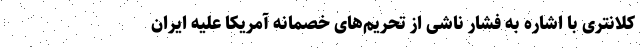
کلانتری با اشاره به فشار ناشی از تحریم‌های خصمانه آمریکا علیه ایران